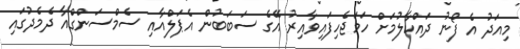
މިއަދު އެ ފޯނު ދައްކާލުމަށް ހަމަޖެހިފައިވާއިރު އޭގެ ސަބަބުން އެޕަލްއާއި ސެމްސަންގްއާ ދެމެދުގައި